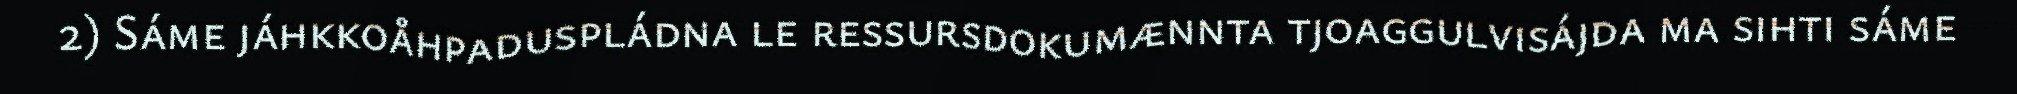
2) Sáme jáhkkoåhpaduspládna le ressursdokumænnta tjoaggulvisájda ma sihti sáme